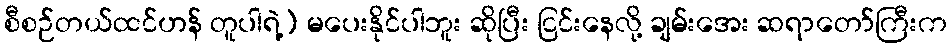
စီစဉ်တယ်ထင်ဟန် တူပါရဲ့) မပေးနိုင်ပါဘူး ဆိုပြီး ငြင်းနေလို့ ချမ်းအေး ဆရာတော်ကြီးက